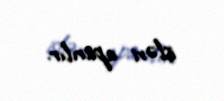
işləri aparılır.